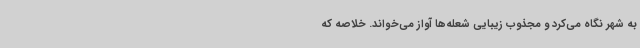
به شهر نگاه می‌کرد و مجذوب زیبایی شعله‌ها آواز می‌خواند. خلاصه که